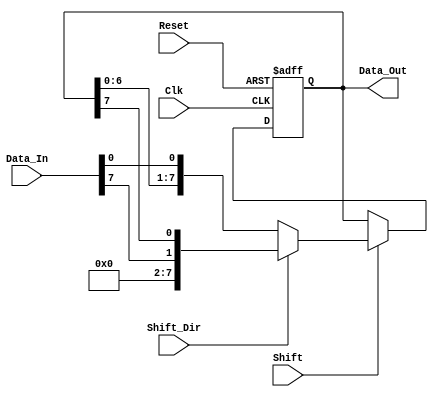
module ShiftRegister #(
    parameter N = 8 // Parameter for the width of the shift register
)(
    input wire Clk,          // Clock signal
    input wire Reset,        // Asynchronous active-high reset
    input wire [N-1:0] Data_In, // Input data line
    input wire Shift,        // Control signal to determine shifting
    input wire Shift_Dir,    // Shift direction: 0 for left, 1 for right
    output reg [N-1:0] Data_Out // Output data
);

    // Asynchronous reset
    always @(posedge Clk or posedge Reset) begin
        if (Reset) begin
            Data_Out <= 0; // Clear the register on reset
        end else if (Shift) begin
            if (Shift_Dir) begin
                // Right shift
                Data_Out <= {Data_In[N-1], Data_Out[N-1:N-1]}; // Shift right
            end else begin
                // Left shift
                Data_Out <= {Data_Out[N-2:0], Data_In[0]}; // Shift left
            end
        end
    end

endmodule